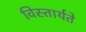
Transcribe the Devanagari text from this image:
विस्तार्यते